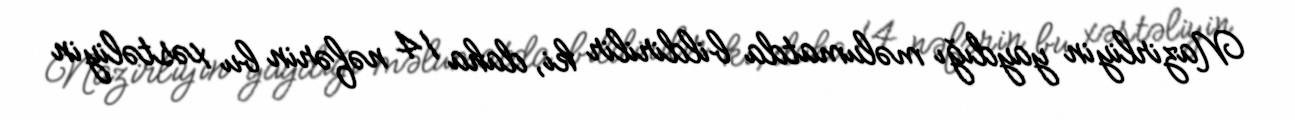
Nazirliyin yaydığı məlumatda bildirilir ki, daha 14 nəfərin bu xəstəliyin